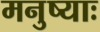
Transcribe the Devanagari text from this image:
मनुष्याः